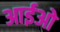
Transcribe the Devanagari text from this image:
आईओ